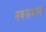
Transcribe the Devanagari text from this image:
नवनाथांना